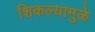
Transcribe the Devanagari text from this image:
शिकल्यामुळे